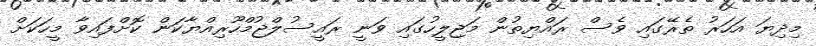
މިދިޔަ އަހަރު ތެރޭގައި ވެސް ރައްޔިތުން މަޖިލީހުގައި ވަނީ ރައީސުލްޖުމްހޫރިއްޔާކަން ކޮށްފައިވާ މީހަކަށް